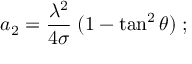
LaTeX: a _ { 2 } = { \frac { \lambda ^ { 2 } } { 4 \sigma } } \; ( 1 - \tan ^ { 2 } \theta ) \; ;